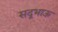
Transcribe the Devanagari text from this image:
सदूभाऊ